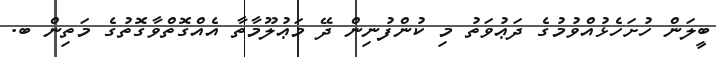
ބީލަން ހުށަހެޅުއްވުމުގެ ދަޢުވަތު މި ކުންފުނިން ދޭ މަޢުލޫމާތާ އެއްގޮތްވާގޮތުގެ މަތިން ބ.